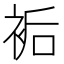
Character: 𧙺